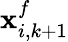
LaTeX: \mathbf{x}_{i,k+1}^{f}